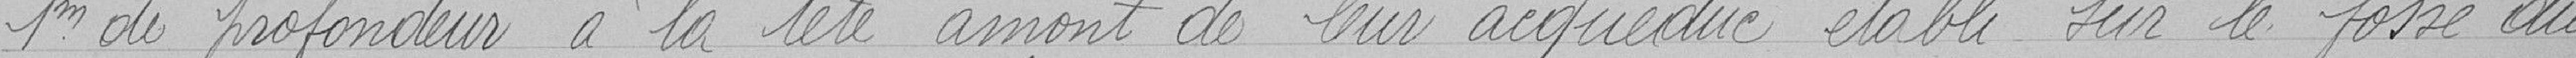
1 mètre de profondeur à la tête amont de leur aqueduc établi sur le fossé du